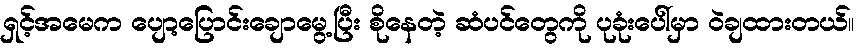
ရှင့်အမေက ပျော့ပြောင်းချောမွေ့ပြီး စိုနေတဲ့ ဆံပင်တွေကို ပုခုံးပေါ်မှာ ဝဲချထားတယ်။